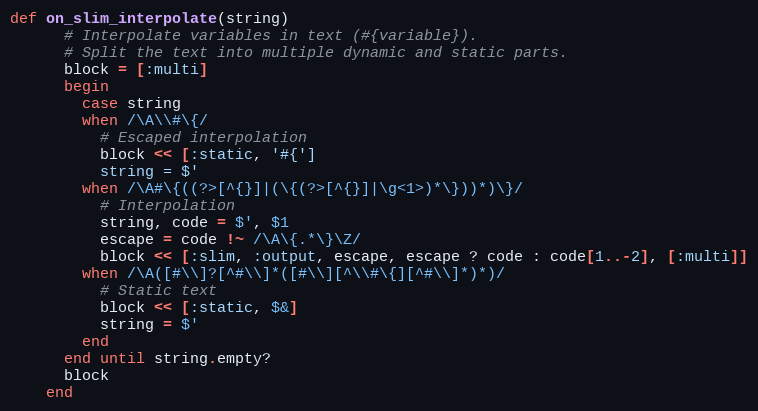
Language: Ruby
def on_slim_interpolate(string)
      # Interpolate variables in text (#{variable}).
      # Split the text into multiple dynamic and static parts.
      block = [:multi]
      begin
        case string
        when /\A\\#\{/
          # Escaped interpolation
          block << [:static, '#{']
          string = $'
        when /\A#\{((?>[^{}]|(\{(?>[^{}]|\g<1>)*\}))*)\}/
          # Interpolation
          string, code = $', $1
          escape = code !~ /\A\{.*\}\Z/
          block << [:slim, :output, escape, escape ? code : code[1..-2], [:multi]]
        when /\A([#\\]?[^#\\]*([#\\][^\\#\{][^#\\]*)*)/
          # Static text
          block << [:static, $&]
          string = $'
        end
      end until string.empty?
      block
    end